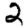
Digit: 2